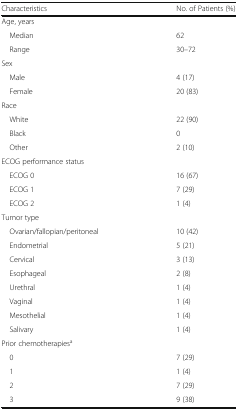
<table><thead><tr><td><b>Characteristics</b></td><td><b>No. of Patients (%)</b></td></tr></thead><tbody><tr><td colspan="2">Age, years</td></tr><tr><td> Median</td><td>62</td></tr><tr><td> Range</td><td>30–72</td></tr><tr><td colspan="2">Sex</td></tr><tr><td> Male</td><td>4 (17)</td></tr><tr><td> Female</td><td>20 (83)</td></tr><tr><td colspan="2">Race</td></tr><tr><td> White</td><td>22 (90)</td></tr><tr><td> Black</td><td>0</td></tr><tr><td> Other</td><td>2 (10)</td></tr><tr><td colspan="2">ECOG performance status</td></tr><tr><td> ECOG 0</td><td>16 (67)</td></tr><tr><td> ECOG 1</td><td>7 (29)</td></tr><tr><td> ECOG 2</td><td>1 (4)</td></tr><tr><td colspan="2">Tumor type</td></tr><tr><td> Ovarian/fallopian/peritoneal</td><td>10 (42)</td></tr><tr><td> Endometrial</td><td>5 (21)</td></tr><tr><td> Cervical</td><td>3 (13)</td></tr><tr><td> Esophageal</td><td>2 (8)</td></tr><tr><td> Urethral</td><td>1 (4)</td></tr><tr><td> Vaginal</td><td>1 (4)</td></tr><tr><td> Mesothelial</td><td>1 (4)</td></tr><tr><td> Salivary</td><td>1 (4)</td></tr><tr><td colspan="2">Prior chemotherapies<sup>a</sup></td></tr><tr><td> 0</td><td>7 (29)</td></tr><tr><td> 1</td><td>1 (4)</td></tr><tr><td> 2</td><td>7 (29)</td></tr><tr><td> 3</td><td>9 (38)</td></tr></tbody></table>